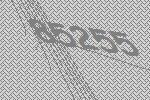
85255